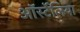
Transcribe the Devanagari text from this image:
ऑर्स्टेलिया